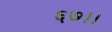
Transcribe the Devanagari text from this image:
६७।।